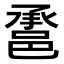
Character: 𨛾